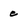
Character: e